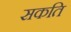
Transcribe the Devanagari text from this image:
सकति